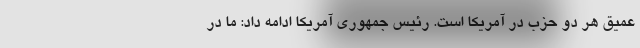
عمیق هر دو حزب در آمریکا است. رئیس جمهوری آمریکا ادامه داد: ما در